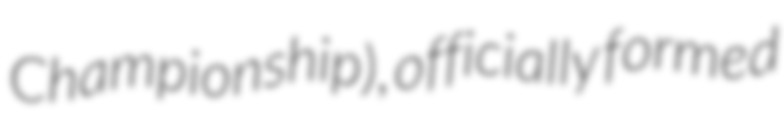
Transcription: Championship), officially formed